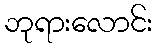
ဘုရားလောင်း